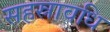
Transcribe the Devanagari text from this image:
सहस्रावधि